King Institute of Preventive Medicine Bacteriolog. Section reports 1907-08
Year: 1907
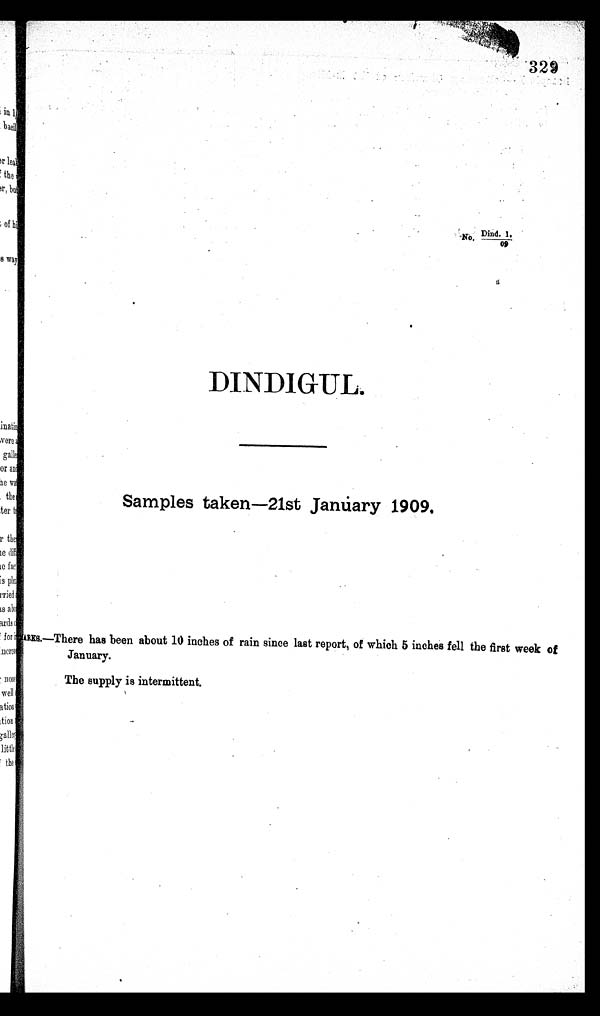
3 2 9
No. Dind. 1./09
DINDIG UL.
Samples taken—21st January 1909.
A R K S . — Τ h e r e h a s b e e n a b o u t 1 0 i n c h e s o f r a i n s i n c e l a s t r e p o r t , o f w h i c h 5 i n c h e s f e l l t h e f i r s t w e e k o f
January.
The supply is intermittent.